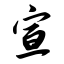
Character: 宣